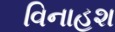
વિનાહશ